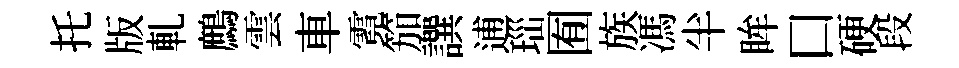
托版軋鷓雲車霓笳譔逋𤤼囿族馮半眸口硬段